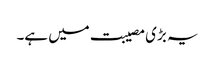
یہ بڑی مصیبت میں ہے۔